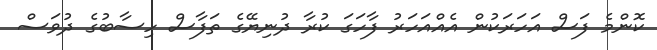
ކޮންމެ ފަސް އަހަރަކުން އެއްއަހަރު ފާހަގަ ކުރާ ދުނިޔޭގެ ތަފާސް ހިސާބުގެ ދުވަސް